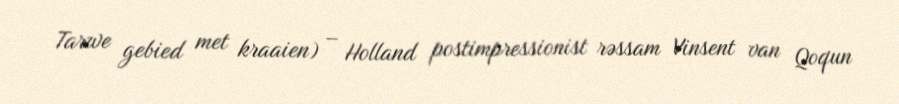
Tarwe gebied met kraaien) – Holland postimpressionist rəssam Vinsent van Qoqun